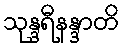
သုန္ဒရီနန္ဒာတိ